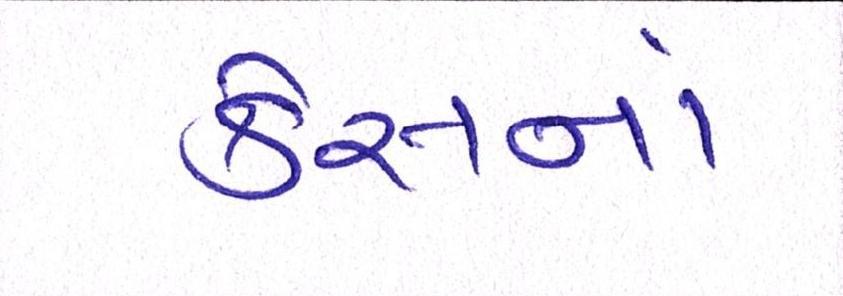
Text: કેસનાં